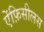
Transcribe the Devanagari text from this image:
ऐंफ़िसीलस